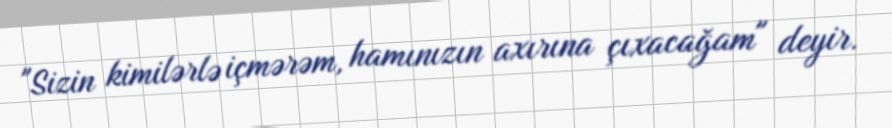
"Sizin kimilərlə içmərəm, hamınızın axırına çıxacağam" deyir.